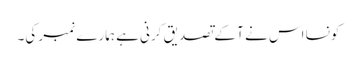
کونسا اس نے آ کے تصدیق کرنی ہے ہمارے نمبر کی۔